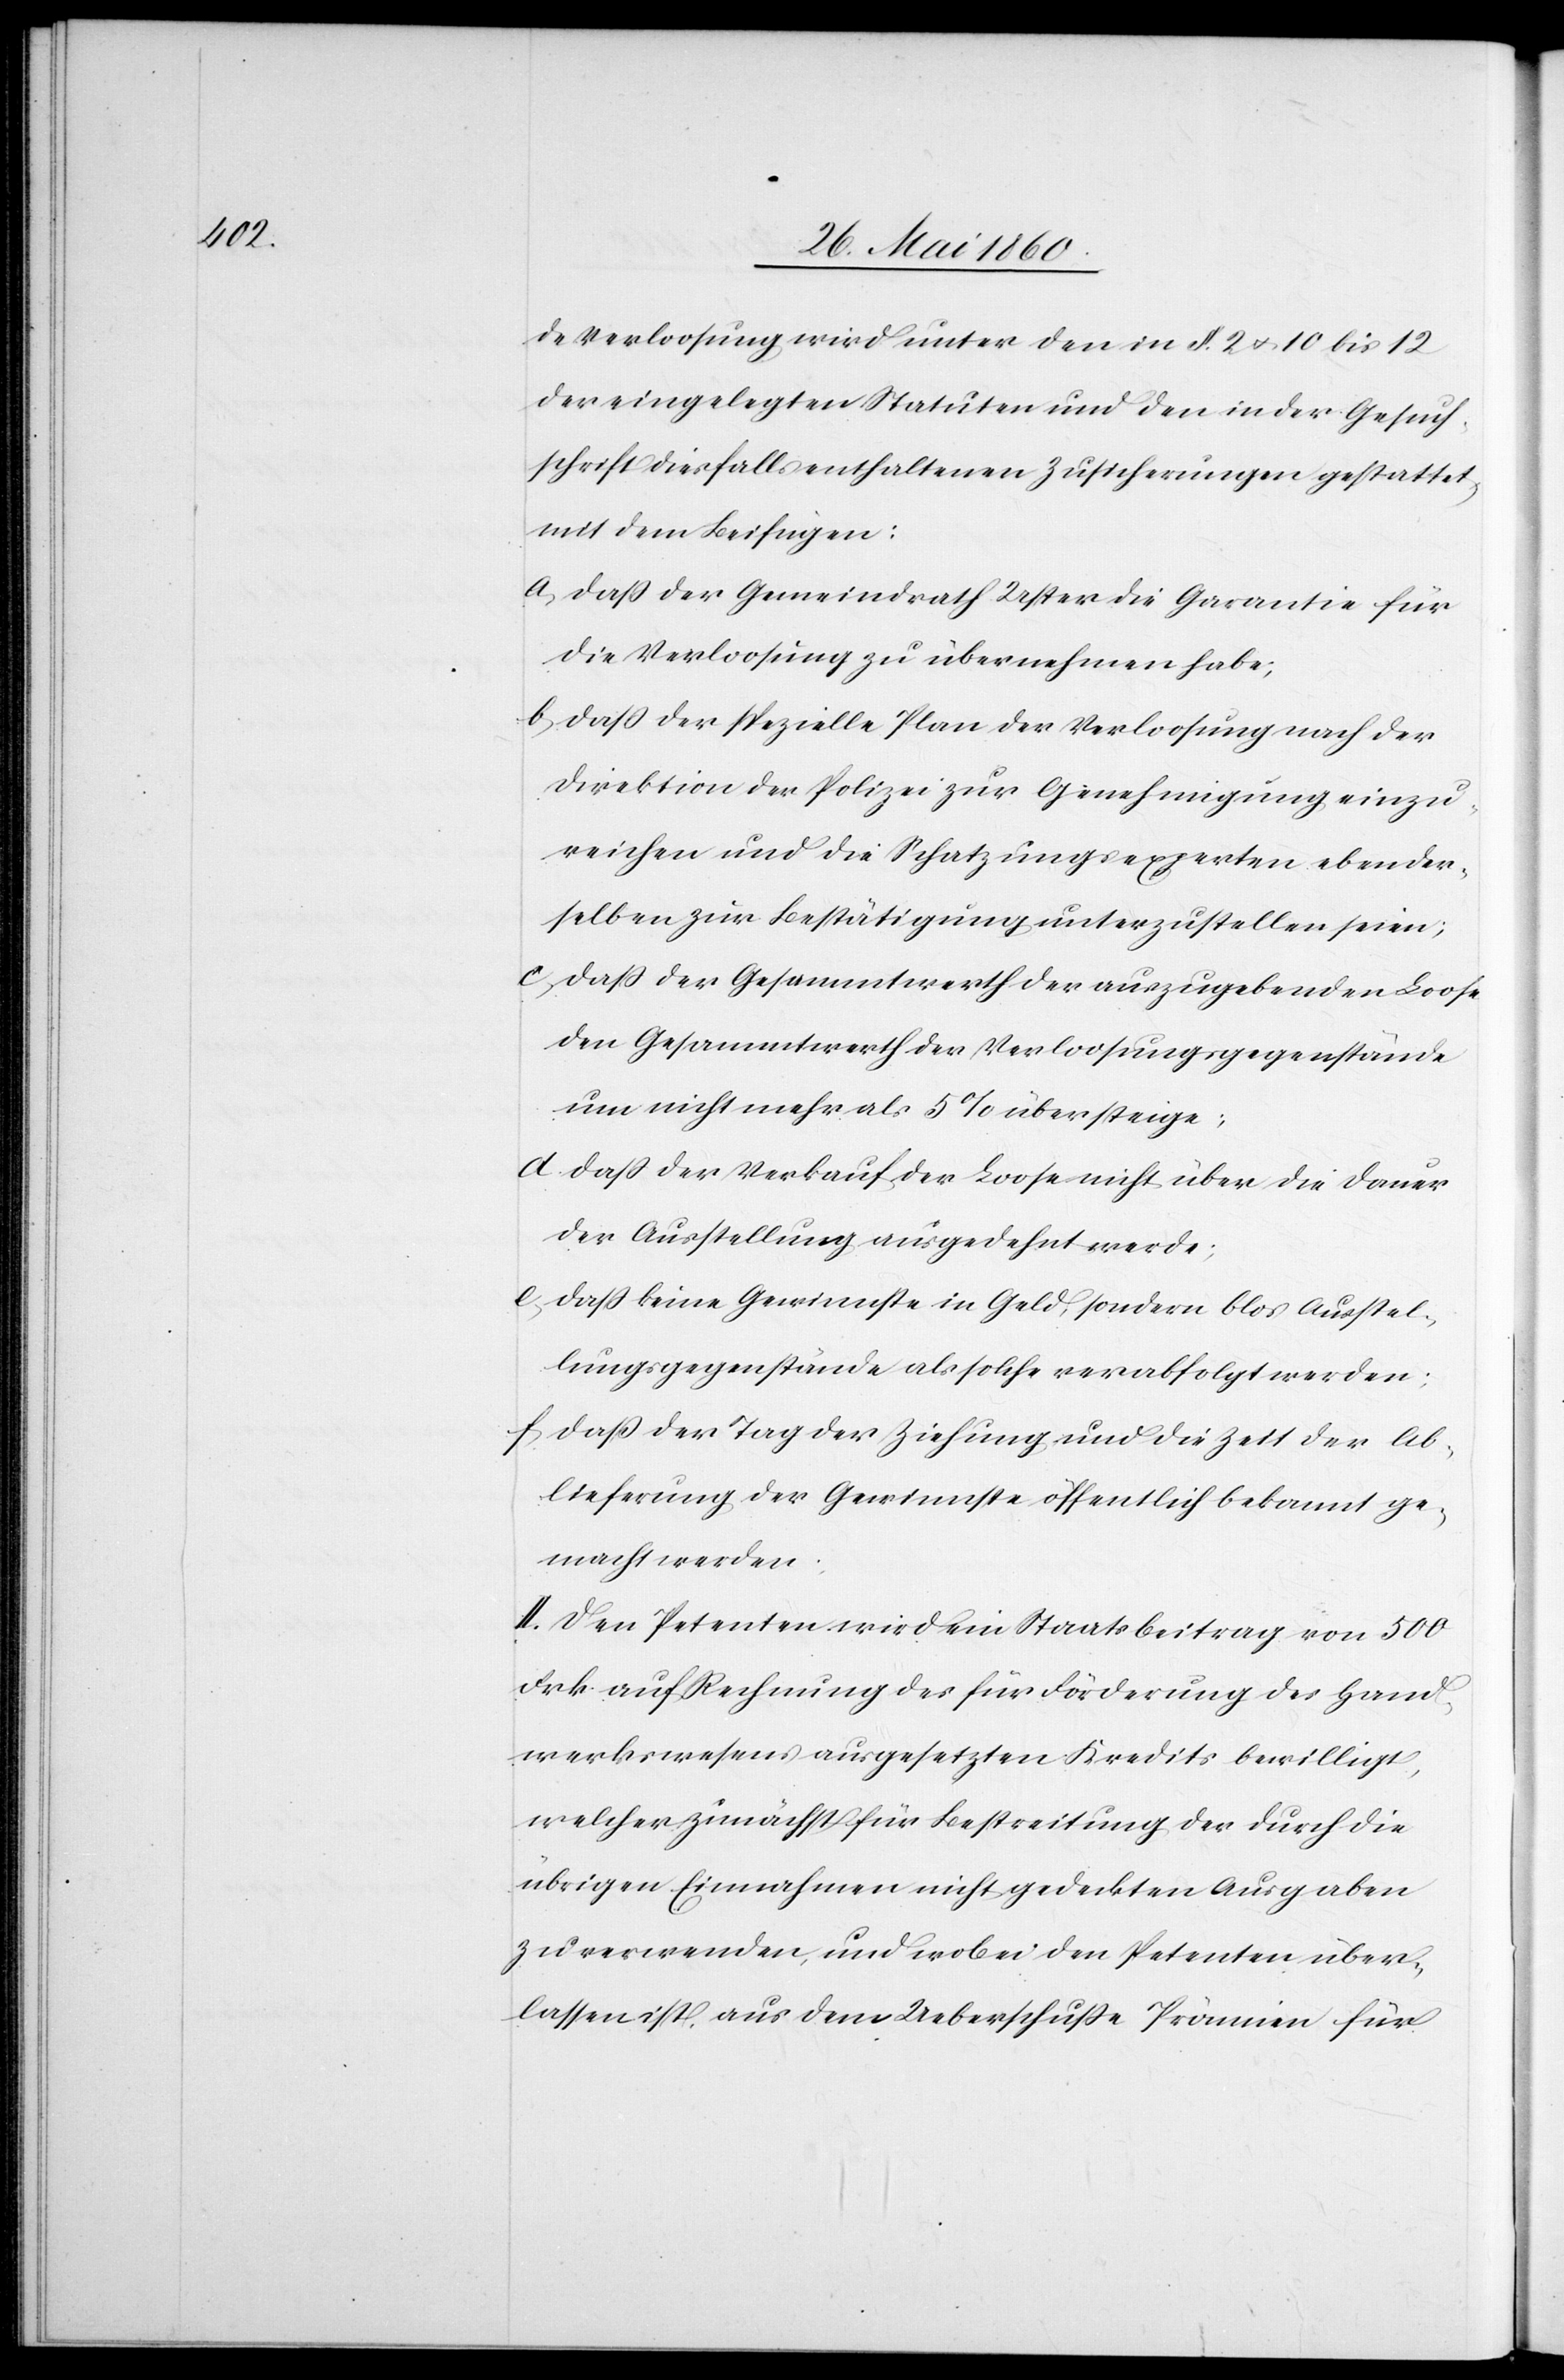
de Verloosung wird unter den in §. 2. u. 10 bis 12
der eingelegten Statuen und den in der Gesuch¬
sschrift diesfalls enthaltenen Zusicherungen gestattet,
mit dem Beifügen:
a. dass der Gemeindrath Uster die Garantie für
die Verloosung zu übernehmen habe;
b. dass der spezielle Plan der Verloosung nach der
Direktion der Polizei zur Genehmigung einzu¬
reichen und die Schatzungsexperten eben der¬
selben zur Bestätigung unterzustellen seien;
c. dass der Gesammtwerth der auszugebenden Loose
den Gesammtwerth der Verloosungsgegenstände
um nicht mehr als 5% übersteige;
d. dass der Verkauf der Loose nicht über die Dauer
der Ausstellung ausgedehnt werde;
e. dass keine Gewinnste in Geld, sondern blos Ausstel¬
lungsgegenstände als solche verabfolgt werden;
f. dass der Tag der Ziehung und die Zeit der Ab¬
lieferung der Gewinnisse öffentlich bekannt ge¬
macht werde.
II. Den Petenten wird ein Staatsbeitrag von 500
Frk. auf Rechnung des für Förderung des Hand¬
werkswesens ausgesetzten Kredits bewilligt,
welcher zunächst für Bestreitung der durch die
übrigen Einnahmen nicht gedeckten Ausgaben
zu verwenden, und wobei den Petenten über¬
lassen ist, aus dem Ueberschusse Prämien für